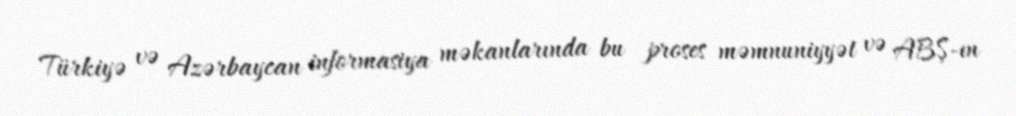
Türkiyə və Azərbaycan informasiya məkanlarında bu proses məmnuniyyət və ABŞ-ın